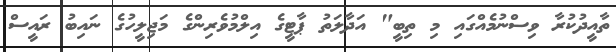
ތާއީދުކުރާ ވިސްނުމެއްގައި މި ތިބީ" އަދާލަތު ޕާޓީގެ އިލްމުވެރިންގެ މަޖިލީހުގެ ނައިބު ރައީސް